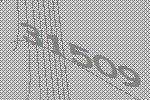
31509